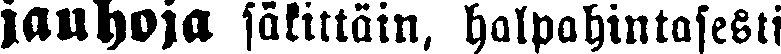
jauhoja säkittäin, halpahintaisesti